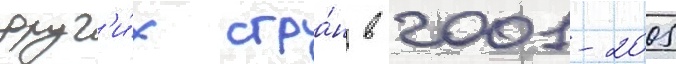
друг'и́х стра́н в 2001-2005